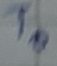
Text: T0